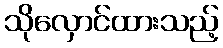
သိုလှောင်ထားသည့်